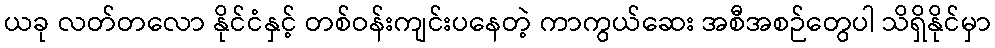
ယခု လတ်တလော နိုင်ငံနှင့် တစ်ဝန်းကျင်းပနေတဲ့ ကာကွယ်ဆေး အစီအစဉ်တွေပါ သိရှိနိုင်မှာ